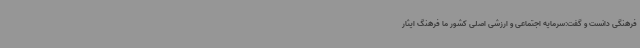
فرهنگی دانست و گفت:سرمایه اجتماعی و ارزشی اصلی کشور ما فرهنگ ایثار